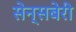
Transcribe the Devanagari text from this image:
सेन्सबेरी